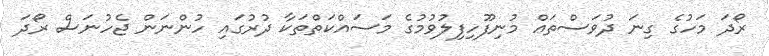
ރޯދަ މަހުގެ ގިނަ ދުވަސްތައް މުނިފޫހިފިލުވުމުގެ މަސައްކަތްތަކާ ދުރުގައި ހުންނަން ޖެހުނަސް ރޯދަ